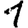
Digit: 1